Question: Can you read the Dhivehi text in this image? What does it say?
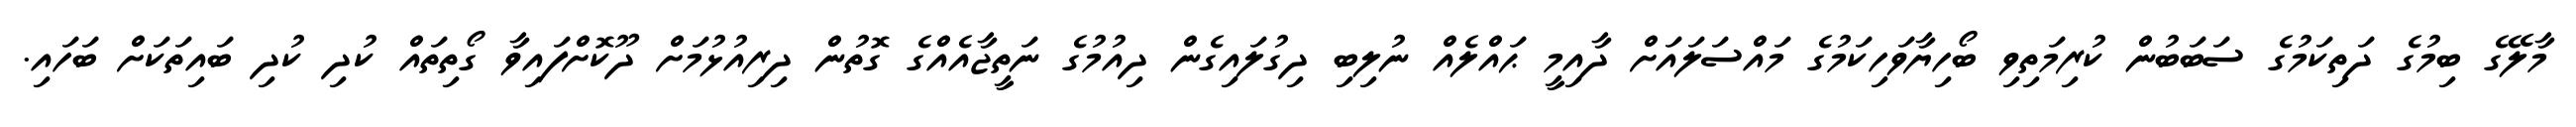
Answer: މާލޭގެ ބިމުގެ ދަތިކަމުގެ ސަބަބުން ކުރިމަތިވި ބޯހިޔާވަހިކަމުގެ މައްސަލައަށް ދާއިމީ ޙައްލެއް ނުލިބި ދިގުލައިގެން ދިއުމުގެ ނަތީޖާއެއްގެ ގޮތުން ދިރިއުޅުމަށް ދޫކޮށްފައިވާ ގޯތިތައް ކުދި ކުދި ބައިތަކަށް ބަހައި.